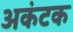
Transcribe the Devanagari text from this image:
अकंटक